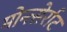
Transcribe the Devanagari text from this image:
मोन्त्सेर्राट